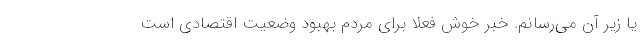
یا زیر آن می‌رسانم. خبر خوش فعلا برای مردم بهبود وضعیت اقتصادی است